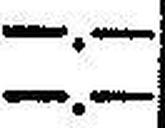
—.—